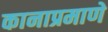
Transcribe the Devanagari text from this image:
कानाप्रमाणे